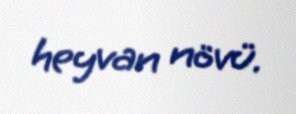
heyvan növü.